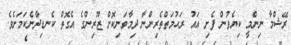
ރޭޝްމާ ނިންމީ ކިޔެވުން ފެށި އައު ރަޙުމަތްތެރިންނާ ދިމާވަނިކޮށް ޒޫރިންގެ އެގޮތް ކެނޑިދާނެކަމަށެވެ.